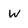
Character: W